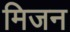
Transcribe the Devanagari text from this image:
मिजन